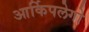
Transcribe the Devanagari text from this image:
आर्किपलेगो